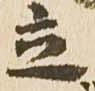
立